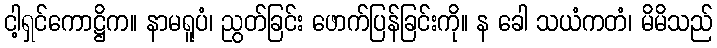
ငါ့ရှင်ကောဋ္ဌိက။ နာမရူပံ၊ ညွတ်ခြင်း ဖောက်ပြန်ခြင်းကို။ န ခေါ သယံကတံ၊ မိမိသည်